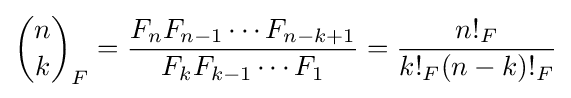
{\binom {n}{k}}_{F}={\frac {F_{n}F_{n-1}\cdots F_{n-k+1}}{F_{k}F_{k-1}\cdots F_{1}}}={\frac {n!_{F}}{k!_{F}(n-k)!_{F}}}